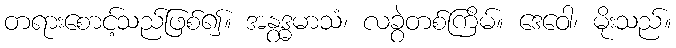
တရားစောင့်သည်ဖြစ်၍။ အနွဒ္ဓမာသံ၊ လခွဲတစ်ကြိမ်။ ဒေဝေါ၊ မိုးသည်။